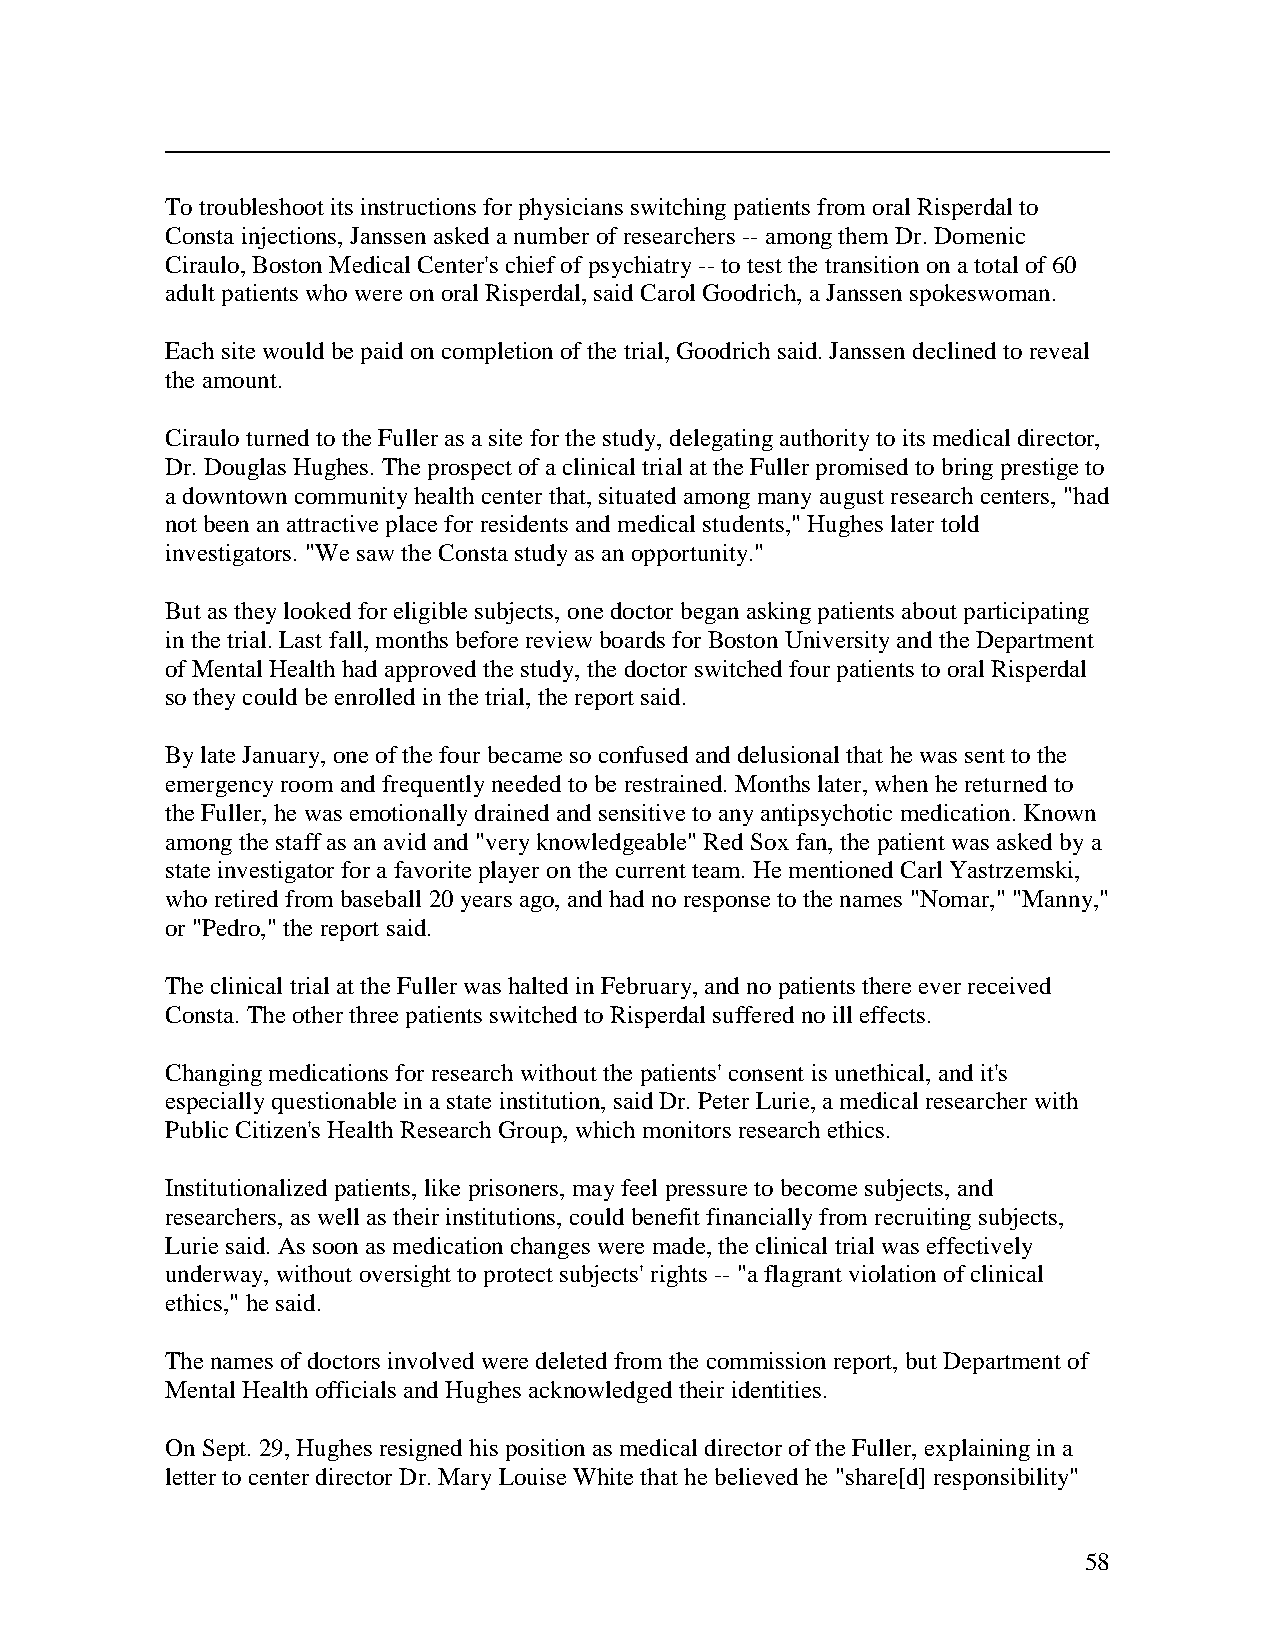
Totroubleshoot its instructions forphysicians switchingpatients from oral Risperdal to
 Constainjections, Janssenaskedanumberofresearchers -- amongthem Dr.Domenic
 Ciraulo,BostonMedical Center's chiefofpsychiatry--totest thetransition onatotal of60
 adult patients whowere onoral Risperdal,saidCarol Goodrich, aJanssenspokeswoman.
 Eachsitewouldbepaidoncompletionofthetrial,Goodrichsaid.Janssendeclinedto reveal
 theamount.
 CirauloturnedtotheFulleras asite forthestudy, delegatingauthoritytoits medical director,
 Dr.Douglas Hughes. Theprospect of aclinical trial at theFullerpromised tobringprestigeto
 adowntowncommunityhealthcenterthat,situatedamongmanyaugust research centers, "had
 not beenanattractiveplacefor residents andmedical students,"Hughes latertold
 investigators. "WesawtheConstastudyas anopportunity."
 But as theylookedforeligiblesubjects, onedoctor beganaskingpatients about participating
 inthetrial. Last fall,months beforereviewboards forBostonUniversityandtheDepartment
 ofMental Healthhadapprovedthestudy,thedoctorswitchedfourpatients tooral Risperdal
 so theycouldbeenrolled inthetrial,thereport said.
 BylateJanuary,oneofthefourbecameso confusedanddelusional that he was sent tothe
 emergencyroom andfrequentlyneededtobe restrained.Months later,whenhereturnedto
 theFuller,he was emotionallydrainedandsensitivetoanyantipsychotic medication.Known
 amongthestaffas anavidand"veryknowledgeable"RedSox fan,thepatient was askedbya
 stateinvestigator fora favoriteplayeronthe current team.HementionedCarl Yastrzemski,
 whoretiredfrom baseball 20 years ago, andhadnoresponsetothenames "Nomar,""Manny,"
 or"Pedro,"the report said.
 Theclinical trial at the Fullerwas haltedin February,andnopatients there everreceived
 Consta.Theotherthreepatients switchedtoRisperdal sufferednoill effects.
 Changingmedications forresearch without thepatients'consent is unethical,andit's
 especiallyquestionableinastateinstitution,saidDr.Peter Lurie,amedical researcherwith
 PublicCitizen's HealthResearchGroup, whichmonitors researchethics.
 Institutionalizedpatients, likeprisoners, mayfeel pressuretobecomesubjects, and
 researchers, as well as theirinstitutions, couldbenefit financiallyfrom recruitingsubjects,
 Luriesaid.As soon as medicationchanges were made,theclinical trial was effectively
 underway, without oversight toprotect subjects' rights -- "aflagrant violationofclinical
 ethics,"hesaid.
 Thenames ofdoctors involvedweredeleted from thecommissionreport,but Department of
 Mental Healthofficials andHughes acknowledgedtheiridentities.
 OnSept.29,Hughes resignedhis positionas medical directorofthe Fuller, explainingina
 lettertocenterdirector Dr.MaryLouiseWhitethat hebelievedhe "share[d] responsibility"
 58